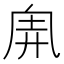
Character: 𠂸